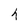
Character: h